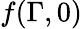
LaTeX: f(\Gamma,0)